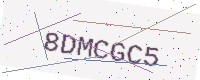
Text: 8DMCGC5